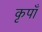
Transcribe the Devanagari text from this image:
कृपाँ